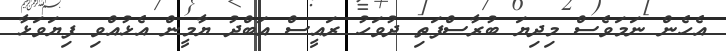
އެހެން ނަމަވެސް މިދިޔަ ބުރާސްފަތި ދުވަހު ރައީސް އަބްދު ޔާމީން އެޅުއްވި ފިޔަވަޅާ